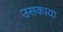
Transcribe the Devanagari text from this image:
उसकाया